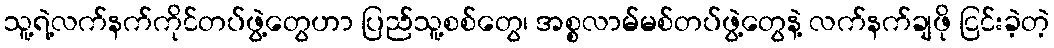
သူ့ရဲ့လက်နက်ကိုင်တပ်ဖွဲ့တွေဟာ ပြည်သူ့စစ်တွေ၊ အစ္စလာမ်မစ်တပ်ဖွဲ့တွေနဲ့ လက်နက်ချဖို ငြင်းခဲ့တဲ့